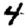
Digit: 4